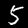
Label: 5